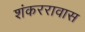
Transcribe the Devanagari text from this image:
शंकररावास